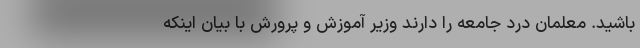
باشید. معلمان درد جامعه را دارند وزیر آموزش و پرورش با بیان اینکه